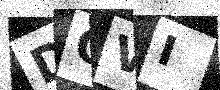
Text: DQVI